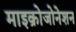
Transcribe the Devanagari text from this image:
माइक्रोजोनेशन